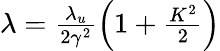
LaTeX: \begin{array}{r}{\lambda=\frac{\lambda_{u}}{2\gamma^{2}}\left(1+\frac{K^{2}}{2}\right)}\end{array}